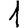
Digit: 1